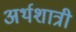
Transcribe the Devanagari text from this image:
अर्थशात्री